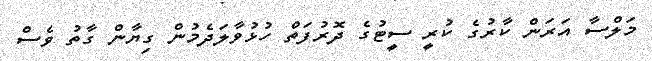
މަލްސާ އަރަން ކާރުގެ ކުރީ ސީޓުގެ ދޮރުފަތް ހުޅުވާލަދެމުން ގިޔާން ގާތު ވެސް